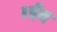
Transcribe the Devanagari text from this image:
।ईद